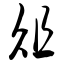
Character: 俎